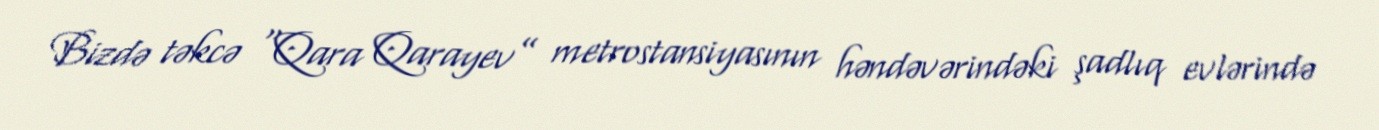
Bizdə təkcə “Qara Qarayev” metrostansiyasının həndəvərindəki şadlıq evlərində